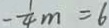
- \frac { 1 } { 4 } m = 6